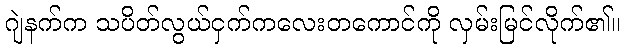
ဂျဲနက်က သပိတ်လွယ်ငှက်ကလေးတကောင်ကို လှမ်းမြင်လိုက်၏။